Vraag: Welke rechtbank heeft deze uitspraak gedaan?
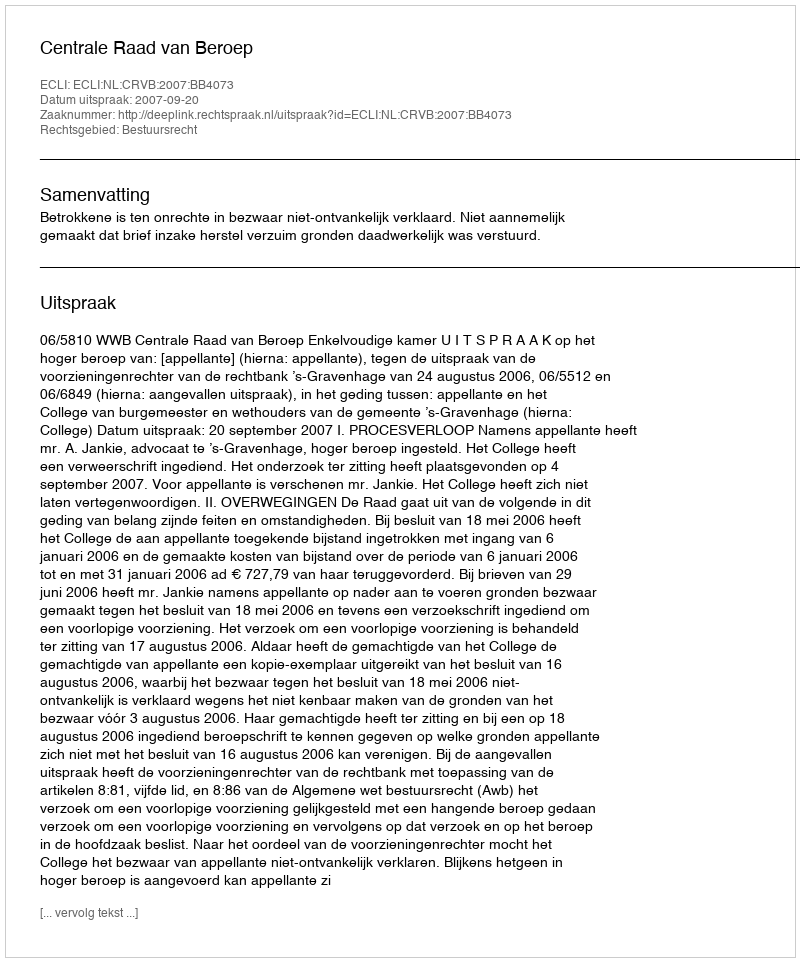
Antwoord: Centrale Raad van Beroep